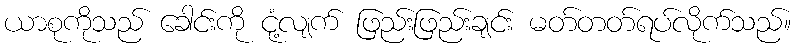
ယာစုကိုသည် ခေါင်းကို ငုံ့လျက် ဖြည်းဖြည်းချင်း မတ်တတ်ရပ်လိုက်သည်။